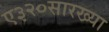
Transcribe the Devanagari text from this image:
ए३२०सारख्या